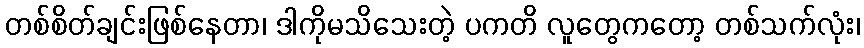
တစ်စိတ်ချင်းဖြစ်နေတာ၊ ဒါကိုမသိသေးတဲ့ ပကတိ လူတွေကတော့ တစ်သက်လုံး၊